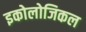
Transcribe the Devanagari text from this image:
इकोलोजिकल